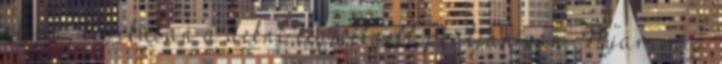
alján, logikusan a dekni legmélyebb pontján van. Nyár, meg